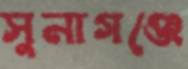
সুনাগঞ্জে